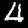
Label: 4